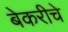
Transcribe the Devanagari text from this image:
बेकरीचे